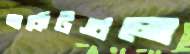
মার্কেটগুলো